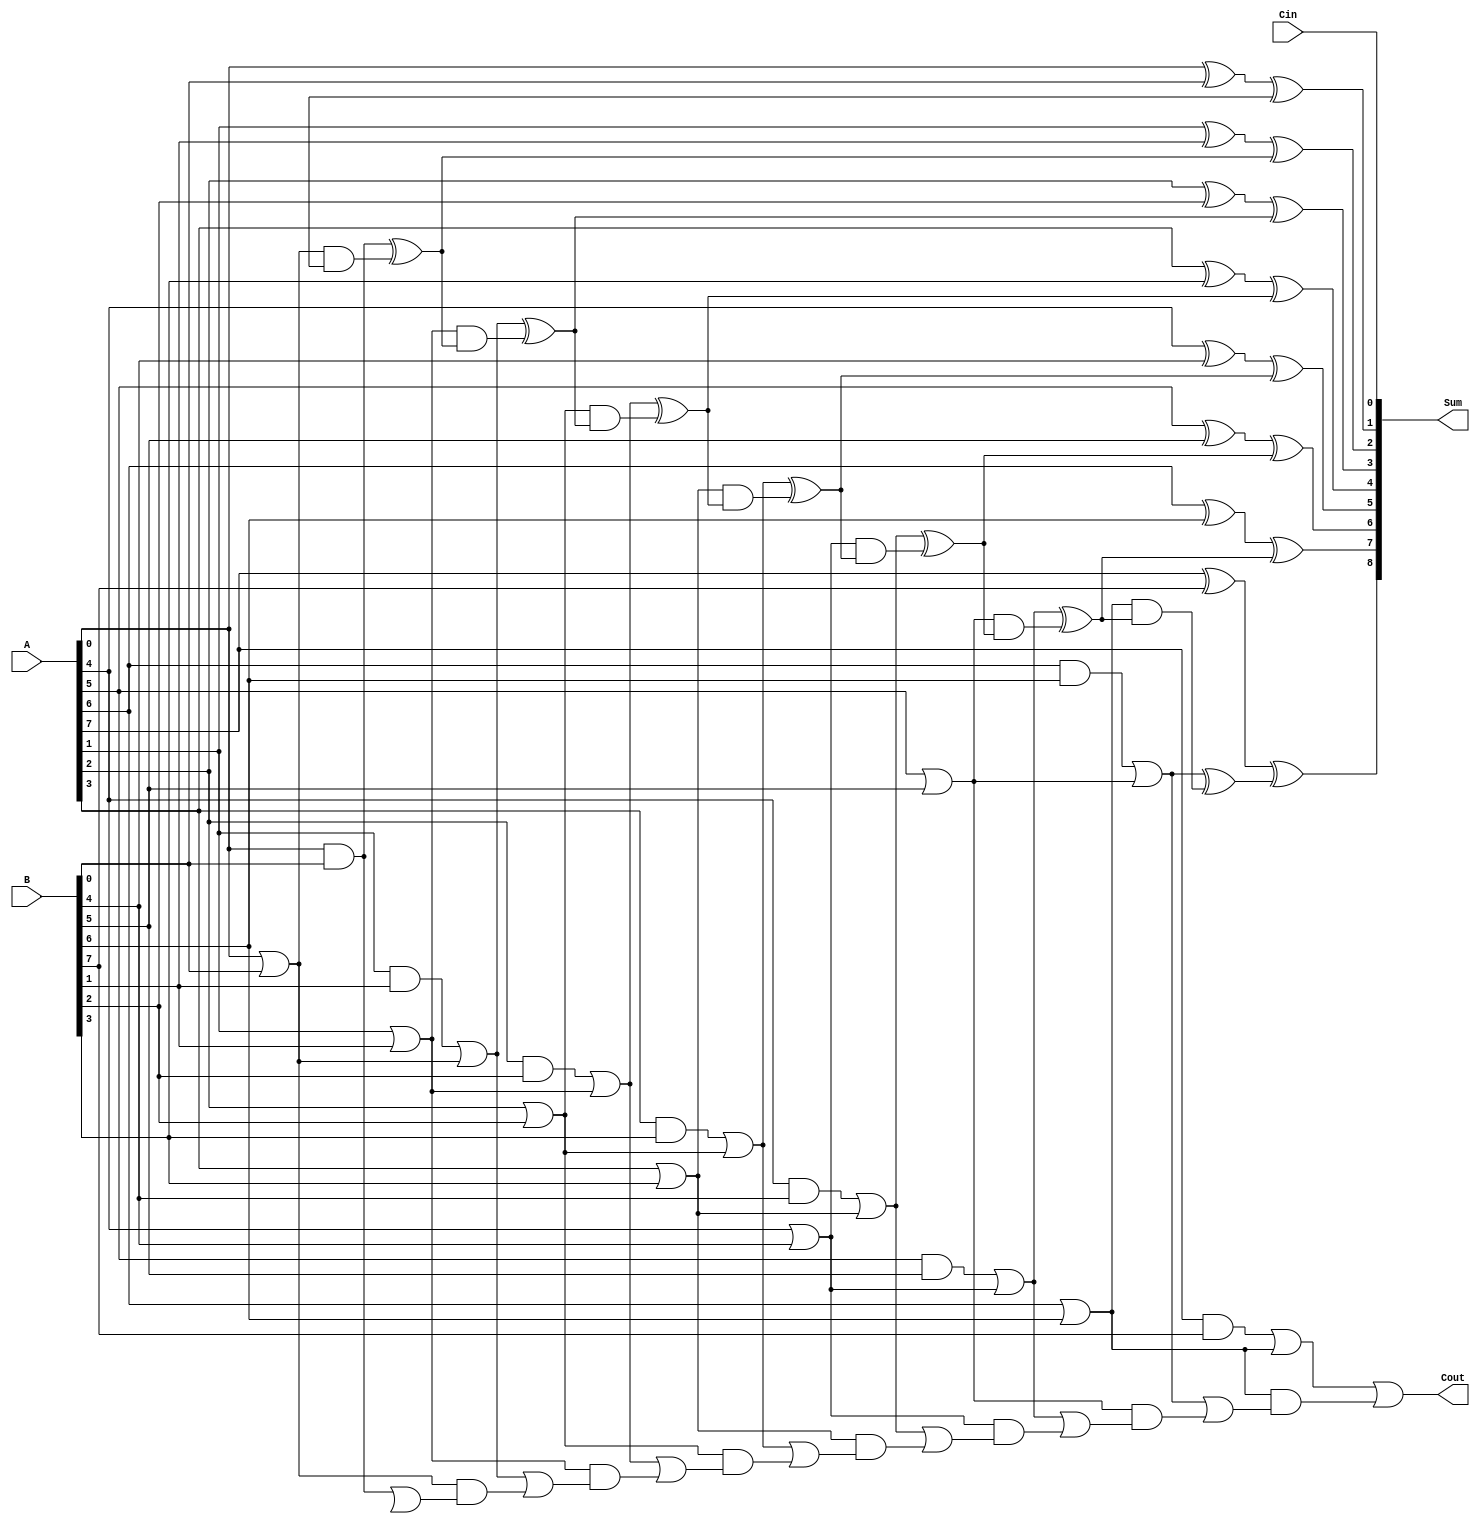
module CarrySkipLookAheadAdder(
    input wire [N-1:0] A,
    input wire [N-1:0] B,
    input wire Cin,
    output wire [N:0] Sum,
    output wire Cout
);

parameter N = 8; // Number of bits in the inputs

wire [N:0] C; // Internal carry signals
wire [N-1:0] G, P; // Generate and propagate signals

// Generate and propagate signals
assign G[0] = A[0] & B[0];
assign P[0] = A[0] | B[0];
genvar i;
generate
    for (i = 1; i < N; i=i+1) begin : gen_prop
        assign G[i] = A[i] & B[i] | P[i-1];
        assign P[i] = A[i] | B[i];
    end
endgenerate

// Carry-skip logic
wire [N-1:0] S; // Skip signals
genvar j;
generate
    for (j = 0; j < N; j=j+1) begin : carry_skip
        assign S[j] = G[j] | (P[j-1] & S[j-1]);
    end
endgenerate

// Generate final sum and carry outputs
assign Sum[0] = Cin;
assign Cout = S[N-1];
genvar k;
generate
    for (k = 0; k < N; k=k+1) begin : final_output
        assign C[k+1] = G[k] ^ (P[k] & C[k]);
        assign Sum[k+1] = A[k] ^ B[k] ^ C[k];
    end
endgenerate

endmodule